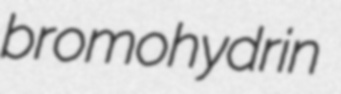
bromohydrin